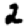
Digit: 2